Vaccination in Bombay 1856-1862 - 1856-1862
Year: 1856
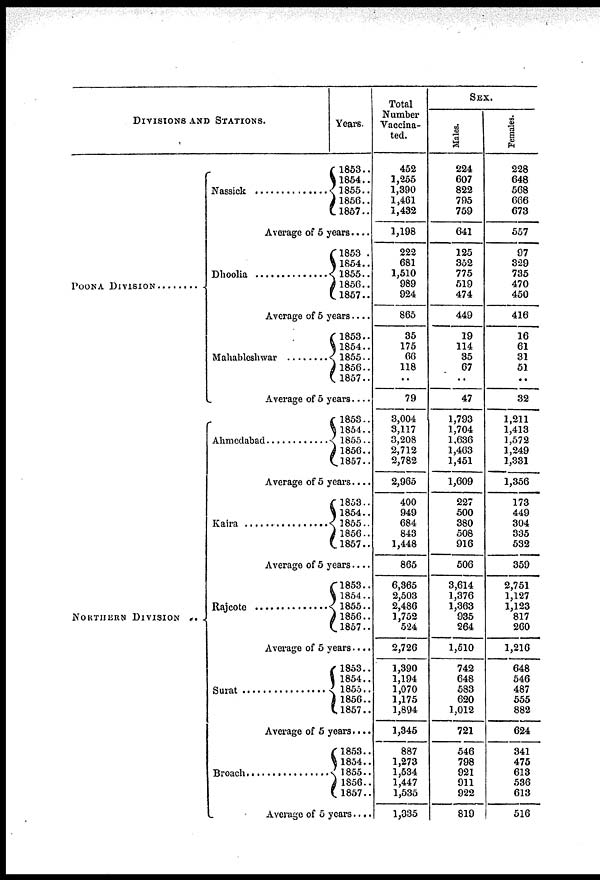
DIVISIONS AND STATIONS.
POONA DIVISION ......
NORTHERN DIVISION
. .
Nassick ...............
Years.
1853..
1854..
1855..
1856..
1857..
Average of 5 years....
Dhoolia ...............
1853 ..
1854..
1855..
1856..
1857..
Average of 5 years......
Mahableshwar ............ 1853..
1854..
1855..
1856..
1857..
Average of 5 years....
Ahmedabad ............
1853..
1854..
1855..
1856..
1857..
Average of 5 years....
Kaira .....................
1853..
1854..
1855..
1856..
1857..
Average of 5 years....
Rajcote ...........
1853..
1854..
1855..
1856..
1857..
Average of 5 years....
Surat ...............
1853..
1854..
1855..
1856..
1857..
Average of 5 years....
Broach ................
1853..
1854..
1855..
1856..
1857..
Average of 5 years....
Total
Number
Vaccina-
ted.
452
1,255
1,390
1,461
1,432
1,198
222
681
1,510
989
924
865
35
175
66
118
..
79
3,004
3,117
3,208
2,712
2,782
2,965
400
949
684
843
1,448
865
6,365
2,503
2,486
1,752
524
2,726
1,390
1,194
1,070
1,175
1,894
1,345
887
1,273
1,534
1,447
1,535
1,335
SEX.
Males.
224
607
822
795
759
641
125
352
775
519
474
449
19
114
35
67
..
47
1,793
1,704
1,636
1,463
1,451
1,609
227
500
380
508
916
506
3,614
1,376
1,363
935
264
1,510
742
648
583
620
1,012
721
546
798
921
911
922
819
Females.
228
648
568
666
673
557
97
329
735
470
450
416
16
61
31
51
..
32
1,211
1,413
1,572
1,249
1,331
1,356
173
449
304
335
532
359
2,751
1,127
1,123
817
260
1,216
648
546
487
555
882
624
341
475
613
536
613
516